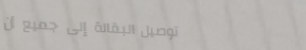
توصيل البقالة إلى جميع أن